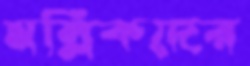
মল্লিকদের